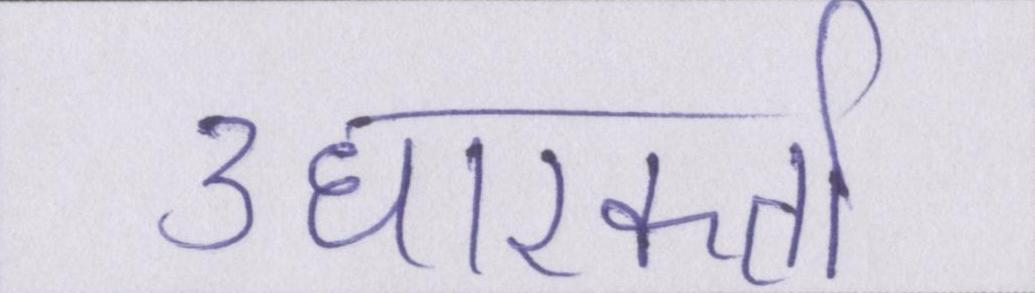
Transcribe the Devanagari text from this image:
उधारकर्ता